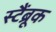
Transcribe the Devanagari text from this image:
स्टैंब्रूक